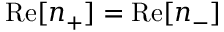
\mathrm { R e } [ n _ { + } ] = \mathrm { R e } [ n _ { - } ]